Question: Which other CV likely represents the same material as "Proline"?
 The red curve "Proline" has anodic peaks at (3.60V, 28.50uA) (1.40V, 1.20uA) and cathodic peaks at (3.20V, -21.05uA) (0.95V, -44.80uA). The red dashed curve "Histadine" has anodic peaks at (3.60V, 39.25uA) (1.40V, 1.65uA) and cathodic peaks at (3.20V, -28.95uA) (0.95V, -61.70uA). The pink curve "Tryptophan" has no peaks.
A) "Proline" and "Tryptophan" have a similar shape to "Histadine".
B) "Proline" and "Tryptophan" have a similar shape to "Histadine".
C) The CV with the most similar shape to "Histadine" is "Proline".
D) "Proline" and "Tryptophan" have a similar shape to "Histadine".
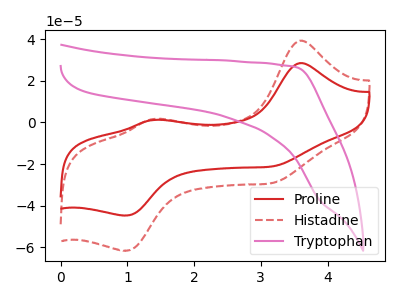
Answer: <think>All the peaks in "Proline" have a peak in "Histadine" at the same potential. Every peak in "Proline" is lower than every peak in "Histadine". "Proline" and "Tryptophan" have a different number of peaks. "Histadine" and "Tryptophan" have a different number of peaks.
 </think>
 <answer>C) The CV with the most similar shape to "Histadine" is "Proline".</answer>
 <eval>C</eval>